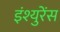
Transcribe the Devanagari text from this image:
इंश्युरेंस